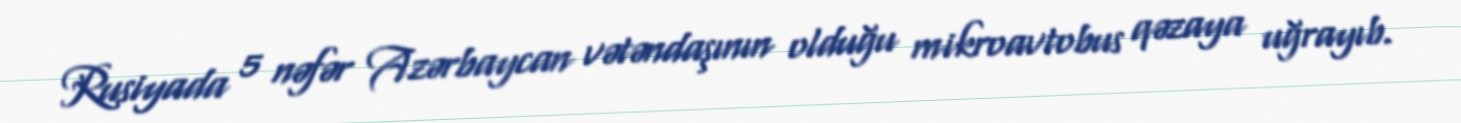
Rusiyada 5 nəfər Azərbaycan vətəndaşının olduğu mikroavtobus qəzaya uğrayıb.